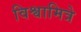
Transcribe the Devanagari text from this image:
विश्वामित्रे